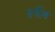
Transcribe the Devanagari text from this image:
हर्पीस